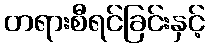
တရားစီရင်ခြင်းနှင့်